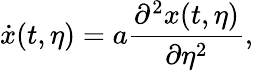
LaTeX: \dot{x}(t,\eta)=a\frac{\partial^{2}x(t,\eta)}{\partial\eta^{2}},